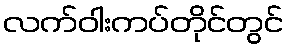
လက်ဝါးကပ်တိုင်တွင်